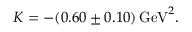
K = - ( 0 . 6 0 \pm 0 . 1 0 ) \, \mathrm { G e V } ^ { 2 } .